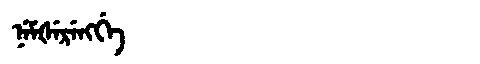
Manchu: ᠨᡝᠮᡧᡝᡵᡝᠩᡤᡝ
Romanization: NEMŠERENGGE